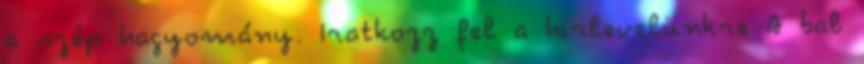
a szép hagyomány. Iratkozz fel a hirlevelünkre A bal